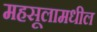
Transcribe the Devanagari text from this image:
महसूलामधील